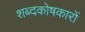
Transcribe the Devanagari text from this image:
शब्दकोषकारों